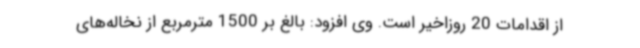
از اقدامات 20 روزاخیر است. وی افزود: بالغ بر 1500 مترمربع از نخاله‌های